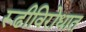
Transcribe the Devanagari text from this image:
रूढीविरोधात